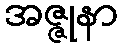
အဇ္ဇုနာ